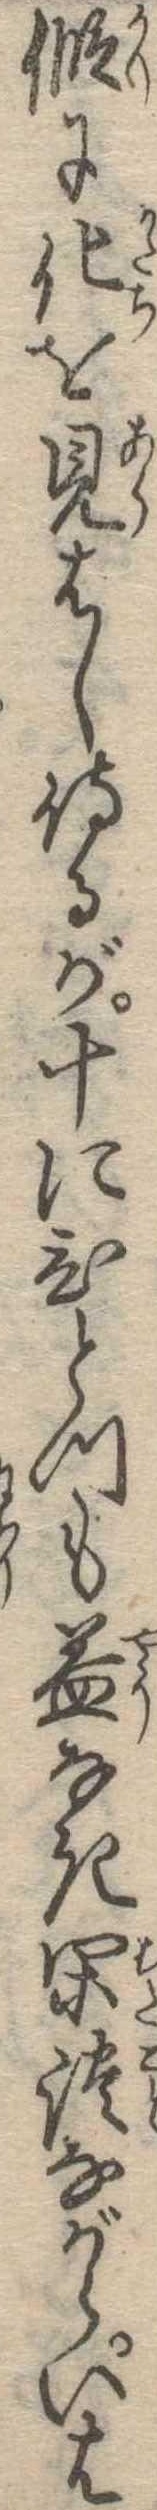
仮に化を見はし侍るが十にひとつも益なき閑談ながらいは